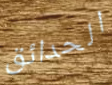
الحدائق